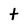
Character: t